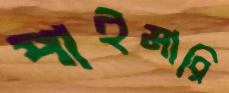
পাইমারি